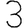
Digit: 3